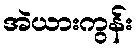
အဲယားကွန်း